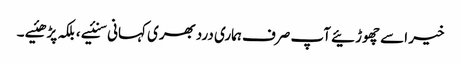
خیر اسے چھوڑئیے آپ صرف ہماری دردبھری کہانی سنئیے ، بلکہ پڑھئیے ۔